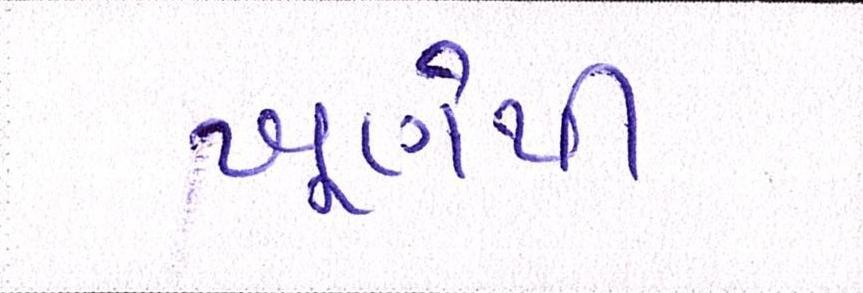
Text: ખૂણેથી